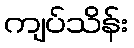
ကျပ်သိန်း